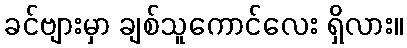
ခင်ဗျားမှာ ချစ်သူကောင်လေး ရှိလား။